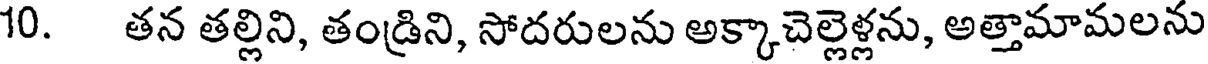
10. తన తల్లిని, తండ్రిని, సోదరులను అక్కాచెల్లెళ్లను, అత్తామామలను